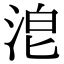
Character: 𣴡